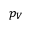
p _ { V }